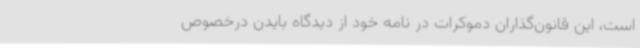
است، این قانون‌گذاران دموکرات در نامه خود از دیدگاه بایدن درخصوص